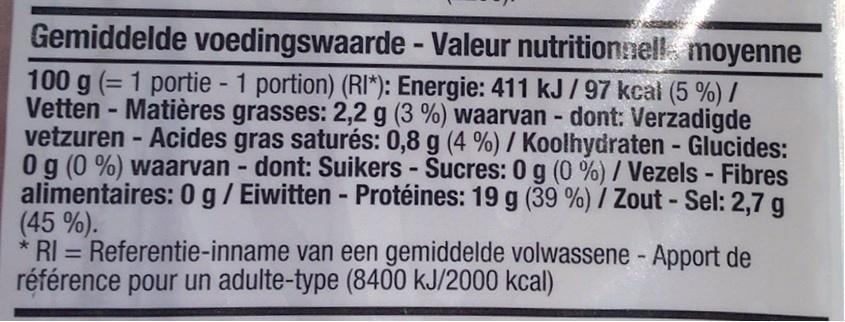
Gemiddelde voedingswaarde - Valeur nutritionnell. moyenne
100 g (= 1 portie - 1 portion) (RI*): Energie: 411 kJ / 97 kcal (5 %) / Vetten - Matières grasses: 2,2 g (3 %) waarvan - dont: Verzadigde vetzuren - Acides gras saturés: 0,8 g (4 %) / Koolhydraten - Glucides: 0 g (0 %) waarvan - dont: Suikers - Sucres: 0 g alimentaires: 0g/Eiwitten - Protéines: 19 g (39 %) / Zout - Sel: 2,7 g (45%). * RI = Referentie-inname van een gemiddelde volwassene - Apport de référence pour un adulte-type (8400 kJ/2000 kcal)
(0 %) / Vezels - Fibres
%3D